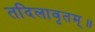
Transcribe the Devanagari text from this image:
तदिलावृतम्॥